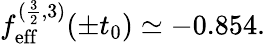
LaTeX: f_{\mathrm{eff}}^{(\frac{3}{2},3)}(\pm t_{0})\simeq-0.854.